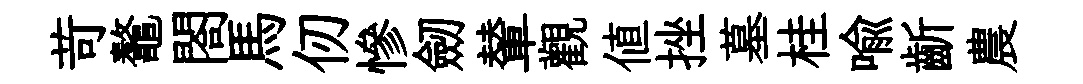
苛鼇閤馬仞慘劒輦觀值挫墓桂喩齗農